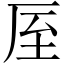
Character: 厔